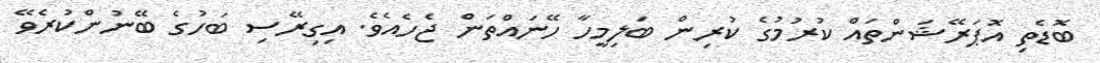
ބޮޑެތި އޮޕަރޭޝަންތައް ކުރުމުގެ ކުރިން ބަލިމީހާ ހޭނައްތަން ޖެހެއެވެ. އިގިރޭސި ބަހުގެ ބޭނުންކުރެވޭ